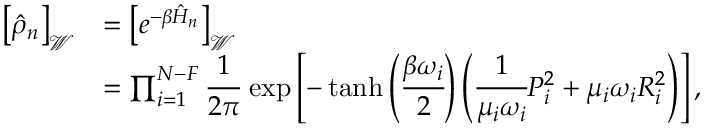
\begin{array} { r l } { \left[ \hat { \rho } _ { n } \right] _ { \mathcal { W } } } & { = \left[ e ^ { - \beta \hat { H } _ { n } } \right] _ { \mathcal { W } } } \\ & { = \prod _ { i = 1 } ^ { N - F } \cfrac { 1 } { 2 \pi } \, \exp \left[ - \operatorname { t a n h } \left( \cfrac { \beta \omega _ { i } } { 2 } \right) \left( \cfrac { 1 } { \mu _ { i } \omega _ { i } } P _ { i } ^ { 2 } + \mu _ { i } \omega _ { i } R _ { i } ^ { 2 } \right) \right] , } \end{array}